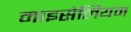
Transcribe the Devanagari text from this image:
माइसेलियम